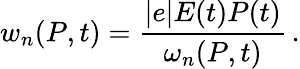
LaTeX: w_{n}(P,t)=\frac{|e|E(t)P(t)}{\omega_{n}(P,t)}\, .